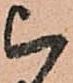
被